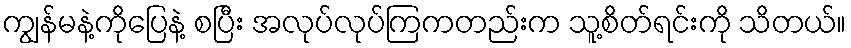
ကျွန်မနဲ့ကိုပြေနဲ့ စပြီး အလုပ်လုပ်ကြကတည်းက သူ့စိတ်ရင်းကို သိတယ်။